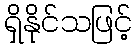
ရှိနိုင်သဖြင့်